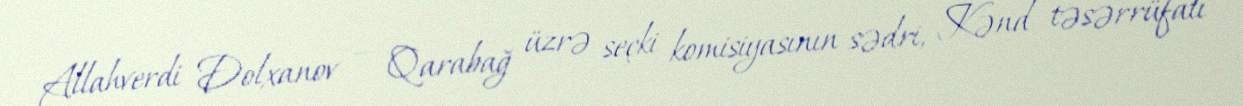
Allahverdi Dolxanov — Qarabağ üzrə seçki komisiyasının sədri, Kənd təsərrüfatı